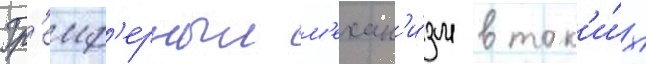
Гр'еиф'ерныи м'ехан'и́зм в так'и́х